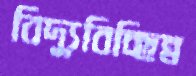
বিদ্যুবিচ্ছিন্ন